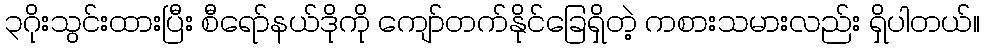
၃ဂိုးသွင်းထားပြီး စီရော်နယ်ဒိုကို ကျော်တက်နိုင်ခြေရှိတဲ့ ကစားသမားလည်း ရှိပါတယ်။